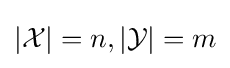
|{\mathcal {X}}|=n,|{\mathcal {Y}}|=m